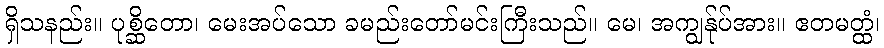
ရှိသနည်း။ ပုစ္ဆိတော၊ မေးအပ်သော ခမည်းတော်မင်းကြီးသည်။ မေ၊ အကျွန်ုပ်အား။ ဧတမတ္ထံ၊